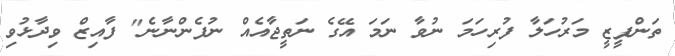
ތަންފީޒީ މަރުހަލާ ފުރިހަމަ ނުވާ ނަމަ އޭގެ ނަތީޖާއެއް ނުފެންނާނެ" ފާއިޒް ވިދާޅުވި